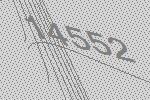
14552